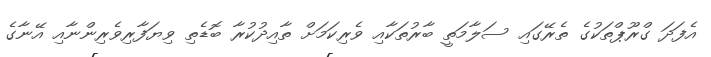
އެފަދަ ގްރޫޕްތަކުގެ ތެރޭގައި ސަލާމަތީ ބާރުތަކާއި ވެރިކަމަށް ތާއިދުކުރާ ބޮޑެތި ވިޔަފާރިވެރިންނާއި އޭނާގެ